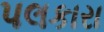
પલકારા